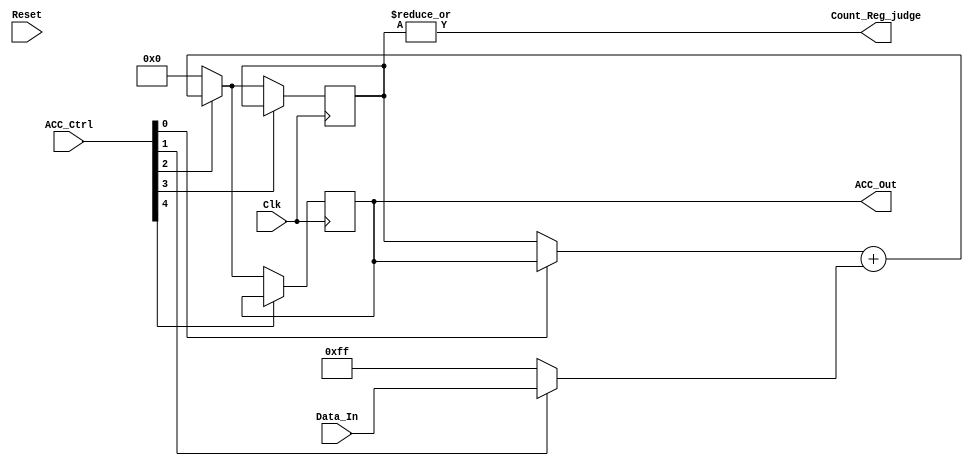
module Data_Path(
	input 		[7:0]	Data_In,
	input 				Clk,
	input 				Reset,
	input 		[4:0]	ACC_Ctrl,

	output reg 	[7:0]	ACC_Out,
	output  			Count_Reg_judge
	);

//===================================
//define register & wire
reg 	[7:0]	Count_Reg;

wire 	[7:0]	ADD;
wire 	[7:0]	mux1;
wire 	[7:0]	mux2;
wire 	[7:0]	mux3;
wire 	[7:0]	mux4;
wire 	[7:0]	mux5; 		
//===================================

//===================================
//continuous assignment
assign mux1 = ACC_Ctrl[0]? ACC_Out : Count_Reg;
assign mux2 = ACC_Ctrl[1]? Data_In : 8'b11111111;
assign mux3 = ACC_Ctrl[2]? ADD		  : 5'b0;
assign mux4 = ACC_Ctrl[3]? Count_Reg : mux3;
assign mux5 = ACC_Ctrl[4]? ACC_Out    : mux3;
assign ADD 	= mux1 + mux2;
assign Count_Reg_judge = |Count_Reg;
//===================================

always @(posedge Clk) begin
	ACC_Out   <= mux5;
	Count_Reg <= mux4;
end
endmodule